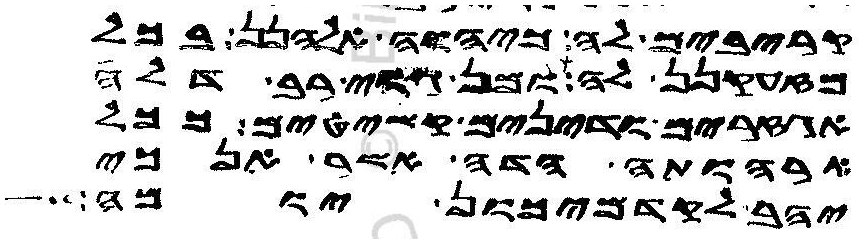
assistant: קריבים לה כיהוה אלהנן בכל
מזעקנן לה ומן גוי רב דלה
אגזרים ודינים קשיטים ככל
ארהותה הדה אמר אנכי
יהב לקדמיכון יומה